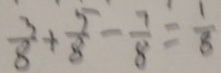
\frac { 3 } { 8 } + \frac { 5 } { 8 } - \frac { 7 } { 8 } = \frac { 1 } { 8 }